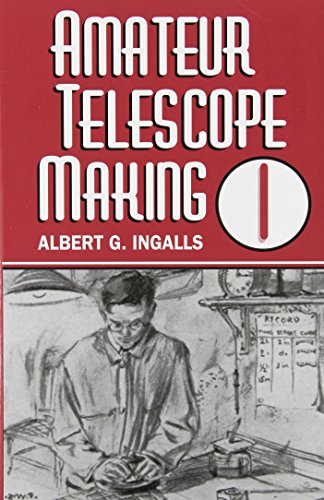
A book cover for Amateur Telescope Making (Vol. 1); Science & Math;